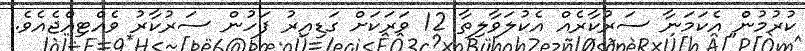
ކުރުމުން އެކަމަނާ ސަރުކާރެއް އެކުލަވާލިތާ 12 ވަރަކަށް ގަޑިއިރު ފަހުން ސަރުކާރު ވެއްޓިއްޖެއެވެ.